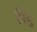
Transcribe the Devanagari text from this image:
हींदु